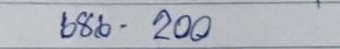
686 - 200